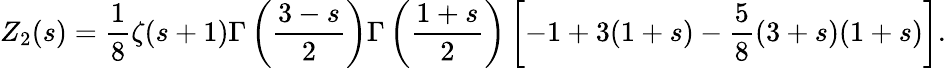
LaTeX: Z_{2}(s)=\frac{1}{8}\zeta(s+1)\Gamma\left(\frac{3-s}{2}\right)\Gamma\left(\frac{1+s}{2}\right)\left[-1+3(1+s)-\frac{5}{8}(3+s)(1+s)\right].